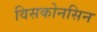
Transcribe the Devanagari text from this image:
विसकोनसिन